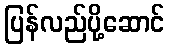
ပြန်လည်ပို့ဆောင်